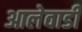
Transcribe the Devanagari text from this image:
आलेवाडी